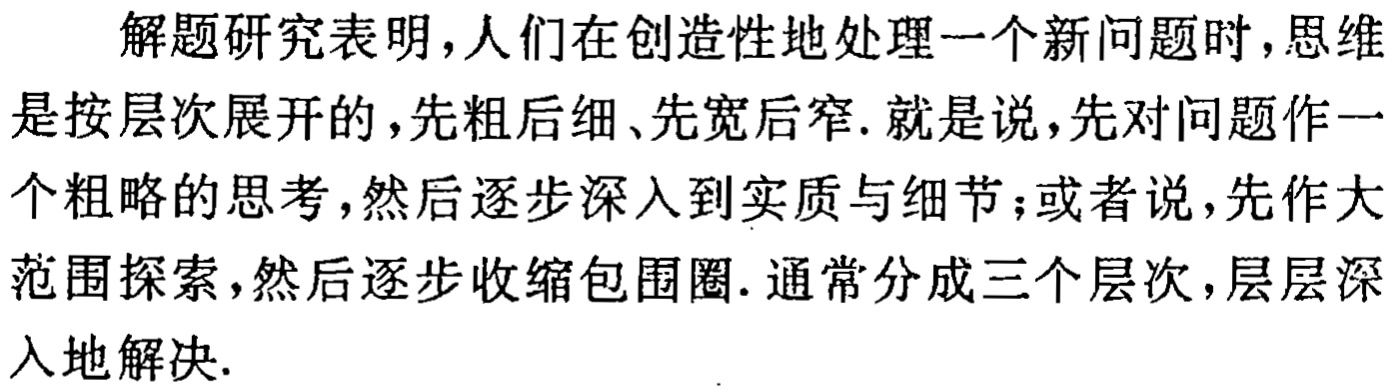
解题研究表明，人们在创造性地处理一个新问题时，思维是按层次展开的，先粗后细、先宽后窄. 就是说，先对问题作一个粗略的思考，然后逐步深入到实质与细节；或者说，先作大范围探索，然后逐步收缩包围圈. 通常分成三个层次，层层深入地解决.